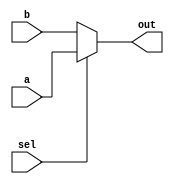
`timescale 1ns / 1ps
//////////////////////////////////////////////////////////////////////////////////
// Company: 
// Engineer: 
// 
// Design Name: 
// Module Name: select
// Project Name: 
// Target Devices: 
// Tool Versions: 
// Description: 
// 
// Dependencies: 
// 
// Revision:
// Revision 0.01 - File Created
// Additional Comments:
// 
//////////////////////////////////////////////////////////////////////////////////


module select(
    input sel,
    input a,
    input b,
    output out
    );
    
    assign out = (sel)?a:b;
endmodule